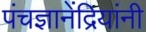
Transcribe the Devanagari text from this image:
पंचज्ञानेंद्रियांनी